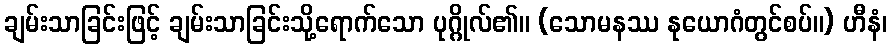
ချမ်းသာခြင်းဖြင့် ချမ်းသာခြင်းသို့ရောက်သော ပုဂ္ဂိုလ်၏။ (သောမနဿ နုယောဂံတွင်စပ်။) ဟီနံ၊